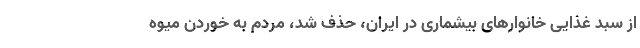
از سبد غذایی خانوارهای بیشماری در ایران، حذف شد، مردم به خوردن میوه